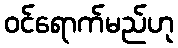
ဝင်ရောက်မည်ဟု